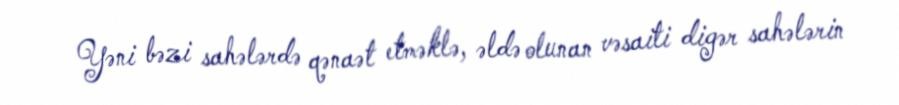
Yəni bəzi sahələrdə qənaət etməklə, əldə olunan vəsaiti digər sahələrin